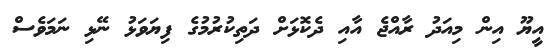
އީޔޫ އިން މިއަދު ރާއްޖެ އާއި ދެކޮޅަށް ދަތިކުރުމުގެ ފިޔަވަޅު ނޭޅި ނަމަވެސް